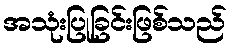
အသုံးပြုခြင်းဖြစ်သည်